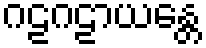
ဂဠဂဠာယန္တေ